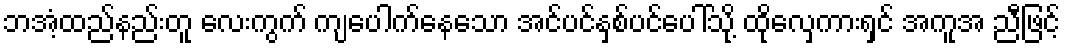
ဘအံ့ထည်နည်းတူ လေးကွက် ကျပေါက်နေသော အင်ပင်နှစ်ပင်ပေါ်သို့ ထိုလှေကားရှင် အကူအ ညီဖြင့်